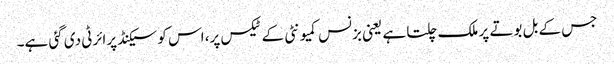
جس کے بل بوتے پر ملک چلتا ہے یعنی بزنس کمیونٹی کے ٹیکس پر، اس کو سیکنڈ پرائرٹی دی گئی ہے۔